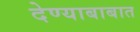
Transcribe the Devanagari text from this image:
देण्याबाबात